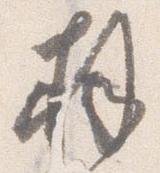
拝